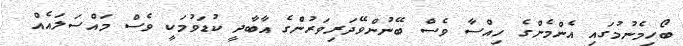
ބޯހިމެނުމުގައި އެންމެންގެ ހިއްސާ ވެސް ބޭނުންވޭދަރިވަރުންގެ އާބާދީ ކުޑަވުމަކީ ވެސް މައްސަލައެއް